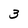
Character: 3